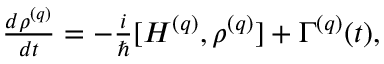
\begin{array} { r } { \frac { d \rho ^ { ( q ) } } { d t } = - \frac { i } { \hbar } [ H ^ { ( q ) } , \rho ^ { ( q ) } ] + \Gamma ^ { ( q ) } ( t ) , } \end{array}